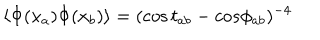
LaTeX: \langle \Phi ( x _ { a } ) \Phi ( x _ { b } ) \rangle = ( \cos t _ { a b } - c o s \phi _ { a b } ) ^ { - 4 }